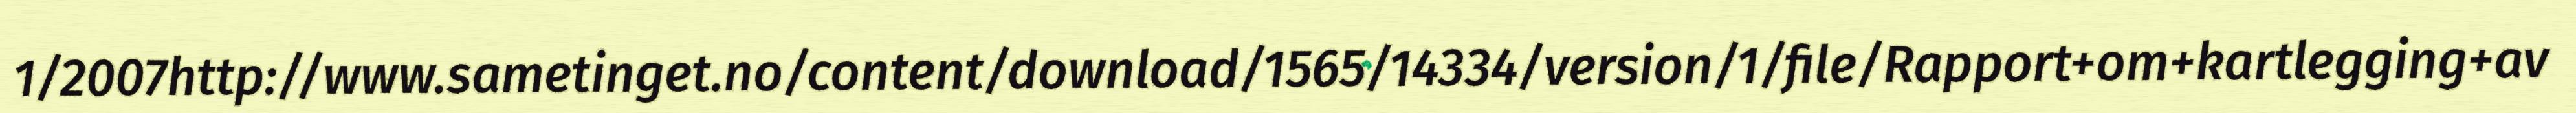
1/2007http://www.sametinget.no/content/download/1565/14334/version/1/file/Rapport+om+kartlegging+av